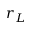
r _ { L }